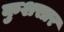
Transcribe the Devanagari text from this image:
कुशसार